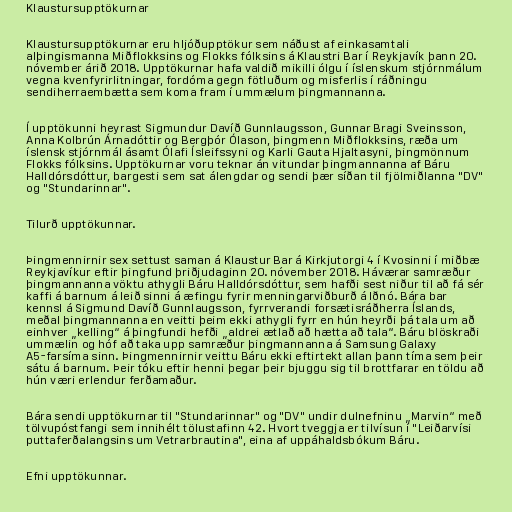
Klaustursupptökurnar

Klaustursupptökurnar eru hljóðupptökur sem náðust af einkasamtali
alþingismanna Miðflokksins og Flokks fólksins á Klaustri Bar í Reykjavík þann 20.
nóvember árið 2018. Upptökurnar hafa valdið mikilli ólgu í íslenskum stjórnmálum
vegna kvenfyrirlitningar, fordóma gegn fötluðum og misferlis í ráðningu
sendiherraembætta sem koma fram í ummælum þingmannanna.

Í upptökunni heyrast Sigmundur Davíð Gunnlaugsson, Gunnar Bragi Sveinsson,
Anna Kolbrún Árnadóttir og Bergþór Ólason, þingmenn Miðflokksins, ræða um
íslensk stjórnmál ásamt Ólafi Ísleifssyni og Karli Gauta Hjaltasyni, þingmönnum
Flokks fólksins. Upptökurnar voru teknar án vitundar þingmannanna af Báru
Halldórsdóttur, bargesti sem sat álengdar og sendi þær síðan til fjölmiðlanna "DV"
og "Stundarinnar".

Tilurð upptökunnar.

Þingmennirnir sex settust saman á Klaustur Bar á Kirkjutorgi 4 í Kvosinni í miðbæ
Reykjavíkur eftir þingfund þriðjudaginn 20. nóvember 2018. Háværar samræður
þingmannanna vöktu athygli Báru Halldórsdóttur, sem hafði sest niður til að fá sér
kaffi á barnum á leið sinni á æfingu fyrir menningarviðburð á Iðnó. Bára bar
kennsl á Sigmund Davíð Gunnlaugsson, fyrrverandi forsætisráðherra Íslands,
meðal þingmannanna en veitti þeim ekki athygli fyrr en hún heyrði þá tala um að
einhver „kelling“ á þingfundi hefði „aldrei ætlað að hætta að tala“. Báru blöskraði
ummælin og hóf að taka upp samræður þingmannanna á Sam­sung Galaxy
A5-farsíma sinn. Þingmennirnir veittu Báru ekki eftirtekt allan þann tíma sem þeir
sátu á barnum. Þeir tóku eftir henni þegar þeir bjuggu sig til brottfarar en töldu að
hún væri erlendur ferðamaður.

Bára sendi upptökurnar til "Stundarinnar" og "DV" undir dulnefninu „Marvin“ með
tölvupóstfangi sem innihélt tölustafinn 42. Hvort tveggja er tilvísun í "Leiðarvísi
puttaferðalangsins um Vetrarbrautina", eina af uppáhaldsbókum Báru.

Efni upptökunnar.